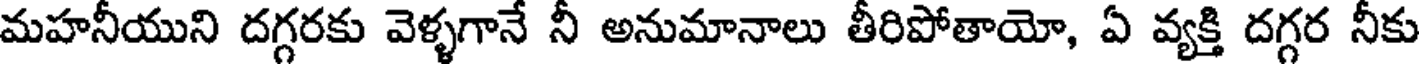
మహనీయుని దగ్గరకు వెళ్ళగానే నీ అనుమానాలు తీరిపోతాయో, ఏ వ్యక్తి దగ్గర నీకు